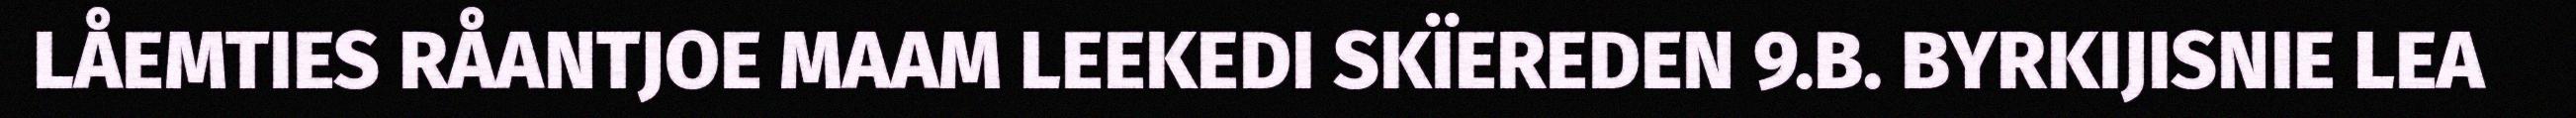
LÅEMTIES RÅANTJOE MAAM LEEKEDI SKÏEREDEN 9.B. BYRKIJISNIE LEA